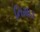
નિમાડ